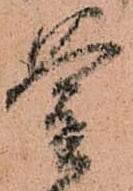
釜